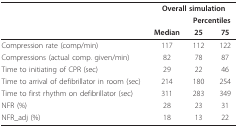
|  | <COLSPAN=3> Overall simulation |
 |  |  | <COLSPAN=2> Percentiles |
 |  | Median | 25 | 75 |
 | --- | --- | --- | --- |
 | Compression rate (comp/min) | 117 | 112 | 122 |
 | Compressions (actual comp. given/min) | 82 | 78 | 87 |
 | Time to initiating of CPR (sec) | 29 | 22 | 46 |
 | Time to arrival of defibrillator in room (sec) | 214 | 180 | 254 |
 | Time to first rhythm on defibrillator (sec) | 311 | 283 | 349 |
 | NFR (%) | 28 | 23 | 31 |
 | NFR_adj (%) | 18 | 13 | 22 |